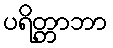
ပရိတ္တာဘာ